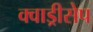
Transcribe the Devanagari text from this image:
क्वाड्रीसेप